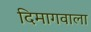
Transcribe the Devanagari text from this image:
दिमागवाला